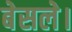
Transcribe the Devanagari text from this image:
बेसले।